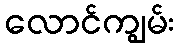
လောင်ကျွမ်း